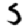
Digit: 5